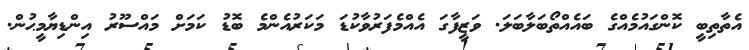
އެތާތިބީ ކޮންގައުމެއްގެ ބައެއްތޯބަލާބަލަ. ވަޒީފާގަ އެއްމެފަރުވާކުޑަ މަކަރުއެންމެ ބޮޑު ކަމަށް މައްސޫރު އިންޑިޔާމީޙުން.